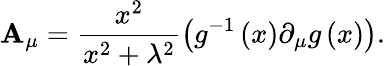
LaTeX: \mathbf{A}_{\mu}=\frac{{x^{2}}}{{x^{2}+\lambda^{2}}}\left(g^{-1}\left(x\right)\partial_{\mu}g\left(x\right)\right).